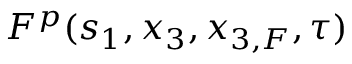
F ^ { p } ( s _ { 1 } , x _ { 3 } , x _ { 3 , F } , \tau )